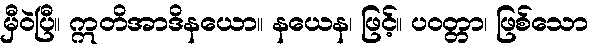
မှီဝဲပြီ။ ဣတိအာဒိနယော။ နယေန၊ ဖြင့်။ ပဝတ္တာ၊ ဖြစ်သော